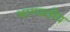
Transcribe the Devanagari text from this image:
भागवतीय